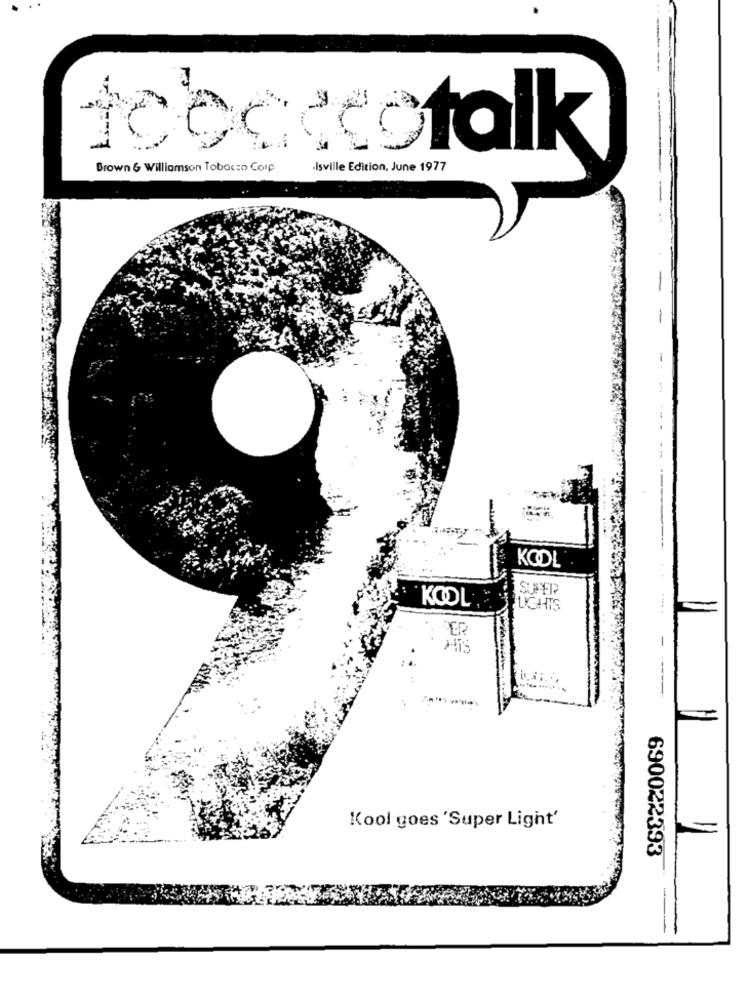
teeceeetalk
Brown & Williamson Tobacco Corp
Isville Edition, June 1977
-
-
KODL
SUPER
KOOL
LIGHTS
Kool goes 'Super Light'
690022393